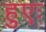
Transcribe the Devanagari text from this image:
हुएः